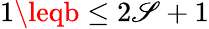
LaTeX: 1\leqb\leq2\mathscr{S}+1